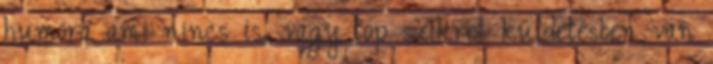
humora ami nincs is, vagy top szikret küldetésben van